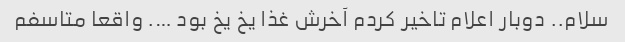
سلام.. دوبار اعلام تاخیر کردم آخرش غذا یخ یخ بود …. واقعا متاسفم